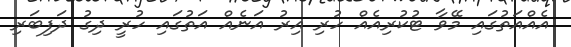
އެއްއަތުގައި މޭވާ ޓުކުރިއެއް ހުރި އިރު އަނެއް އަތުގައި ހުރީ ދިގު ދަފިބަރި